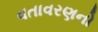
વતાવરણનો